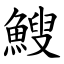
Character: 䱸